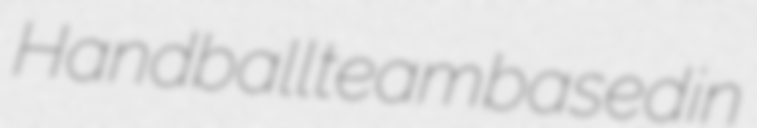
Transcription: Handball team based in